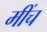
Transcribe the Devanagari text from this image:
मींच